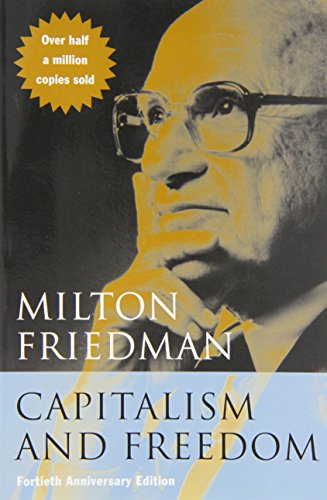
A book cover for Capitalism and Freedom: Fortieth Anniversary Edition; Milton Friedman; Science & Math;